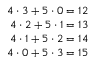
\begin{array} { r } { 4 \cdot 3 + 5 \cdot 0 = 1 2 } \\ { 4 \cdot 2 + 5 \cdot 1 = 1 3 } \\ { 4 \cdot 1 + 5 \cdot 2 = 1 4 } \\ { 4 \cdot 0 + 5 \cdot 3 = 1 5 } \end{array}